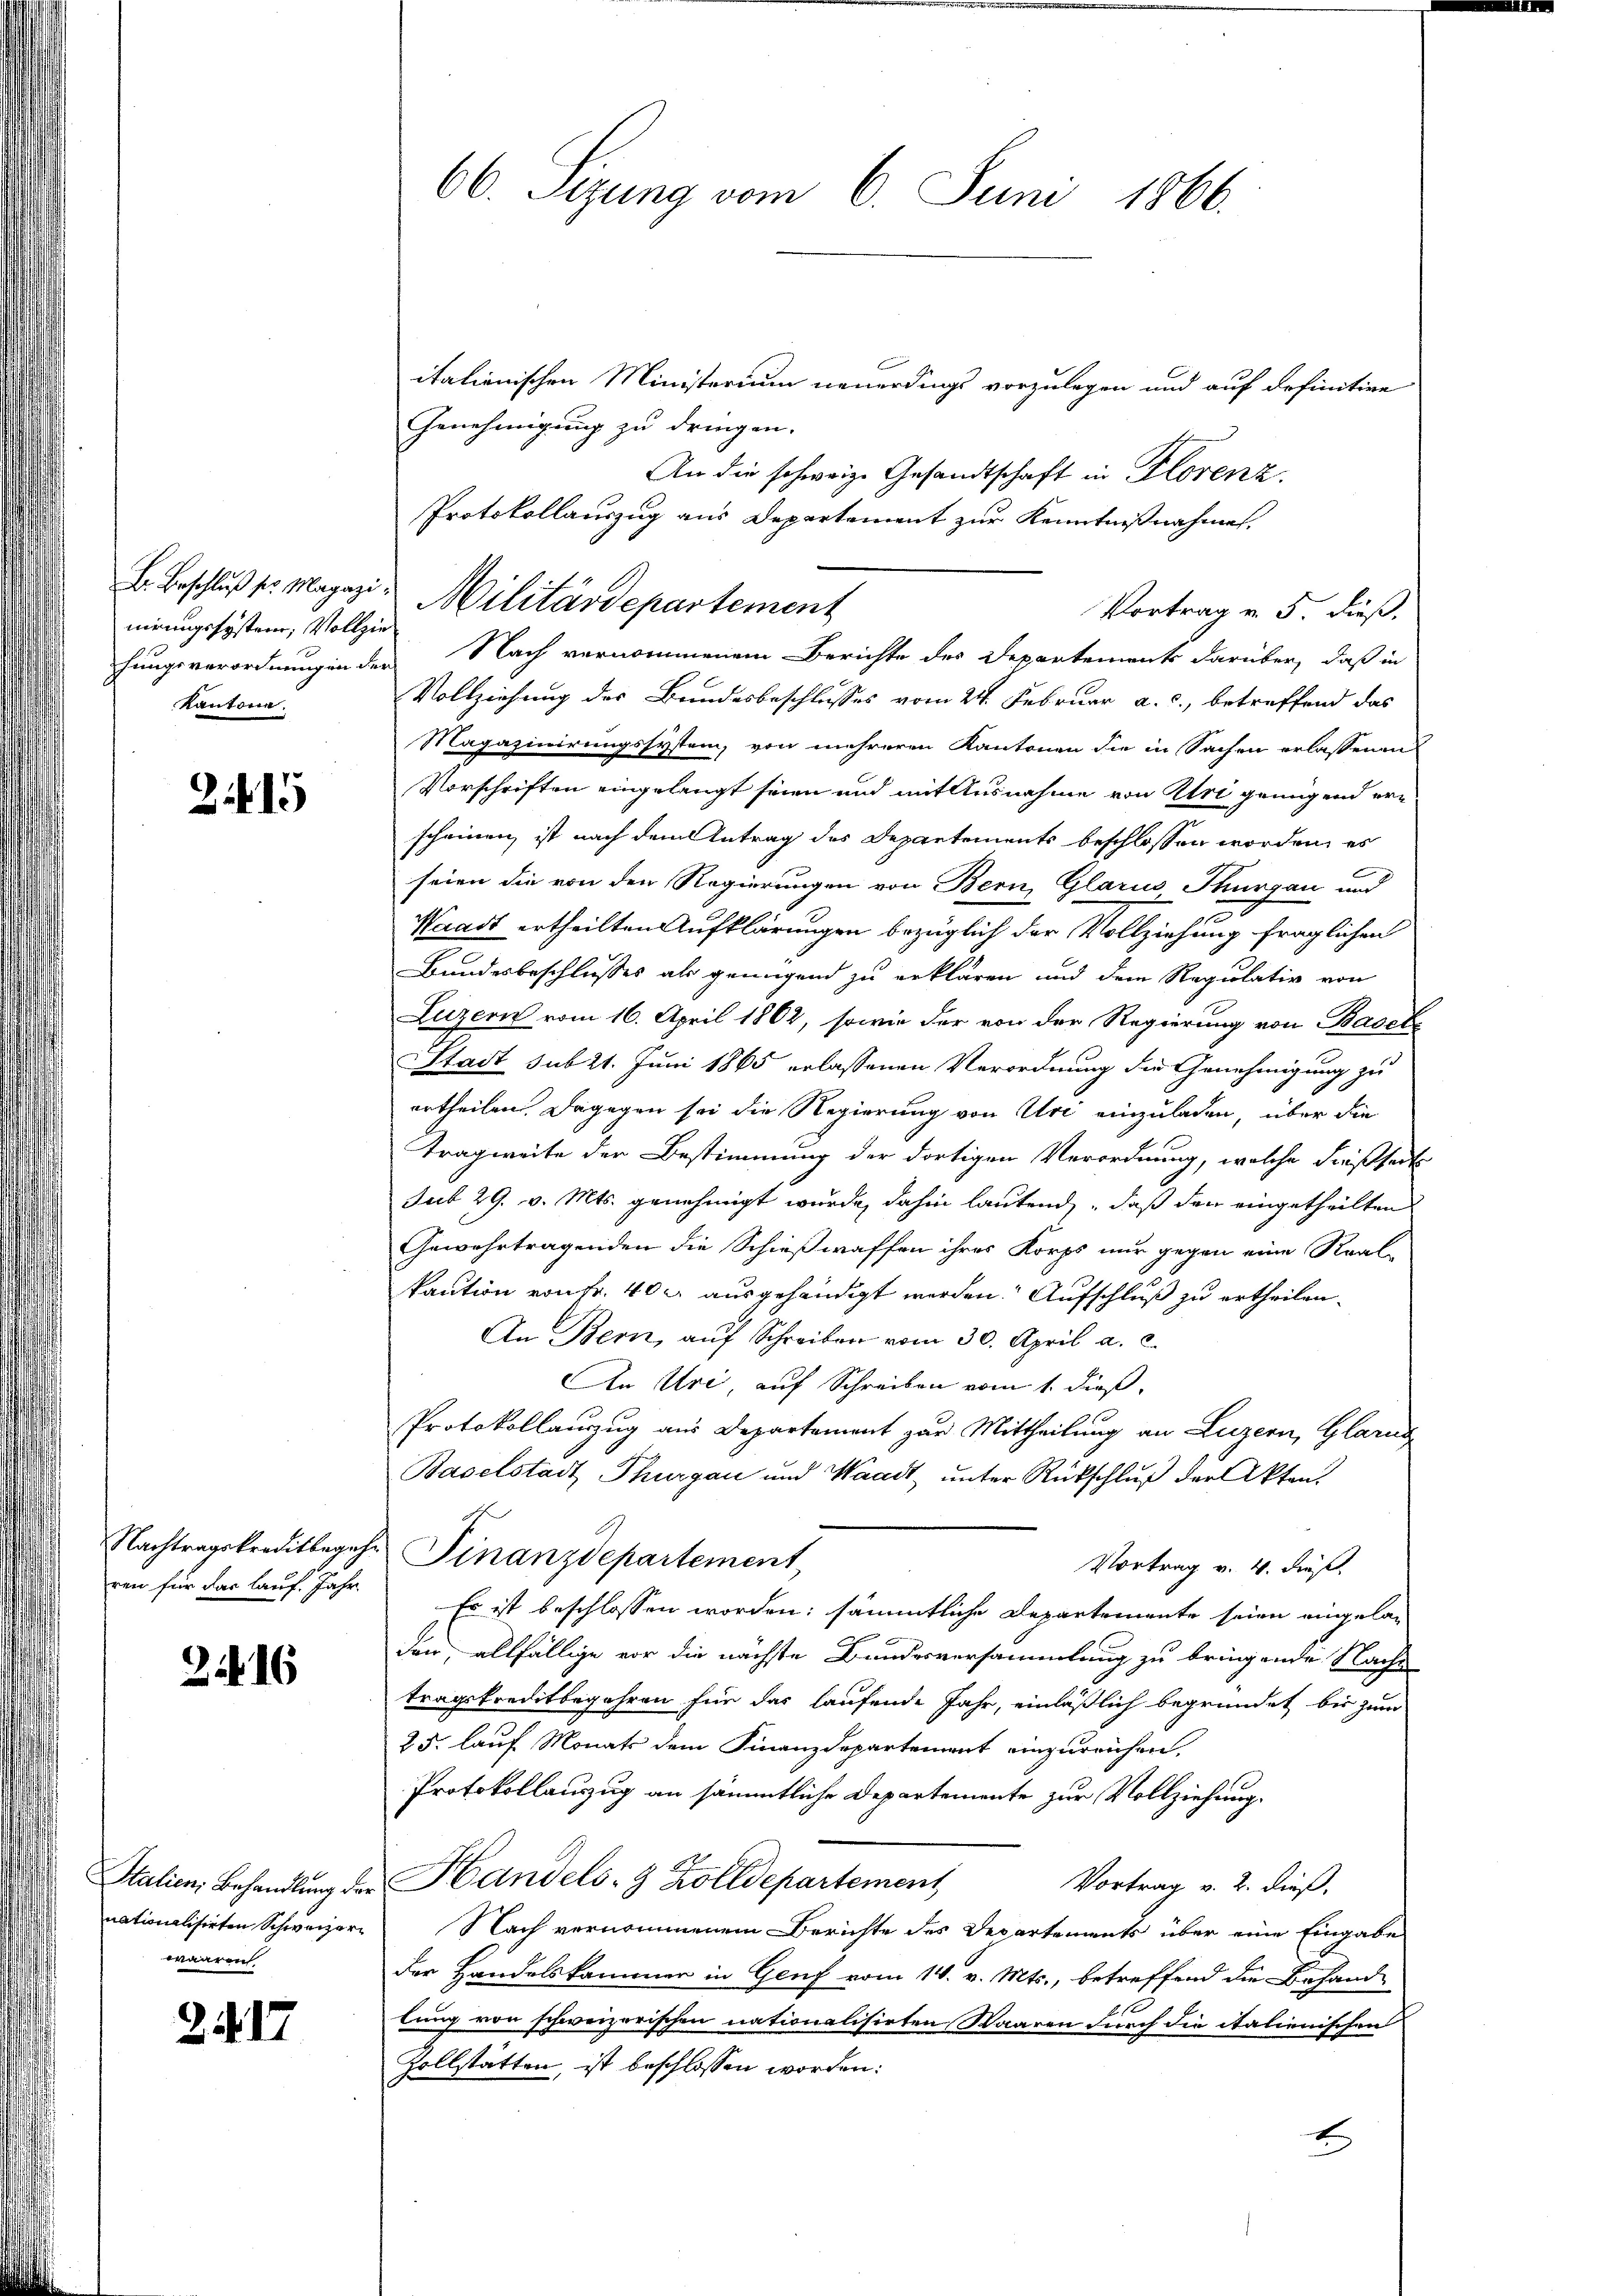
nirungssystem; Vollzie
hungsverordnungen der
Kantone.

215

Nachtragskreditbegeh
ren für das lauf Jahr

2. 16

Italien, Behandlung der
nationalisirten Schweizerwaaren

2417

66. Sizung vom 6. Juni 1866.

italienischen Ministerium neuerdings vorzulegen und auf definitive
Genehmigung zu dringen.
An die schweize Gesandtschaft in Florenz.
Protokollauszug aus Departement zur Kenntnißnahmen.
Vollziehung des Bundesbeschlusses vom 24. Februar a. c., betreffend das
Magazinirungssystem, von mehreren Kantonen die in Sachen erlassenen
Vorschriften eingelangt seien und mit Ausnahme von Uri genügend erscheinen ist nach dem Antrag des Departements beschlossen worden, es
seien die von den Regierungen von Bern, Glarus Thurgau und
Waadt ertheilten Aufklärungen bezüglich der Vollziehung fraglichen
Bundesbeschlusses als genügend zu erklären und dem Regulativ von
Luzern vom 16. April 1862, sowie der von der Regierung von Basels
SStadt sub 21. Juni 1865 erlassenen Verordnung die Genehmigung zu
ertheilen. Dagegen sei die Regierung von Uri einzuladen, über die
Tragweite der Bestimmung der dortigen Verordnung, welche dießseits
sub 29. v. Mts. genehmigt wurde, dahin lautend, daß den eingetheilten
Gewahrtragenden die Schießwaffen ihres Korps nur gegen eine Real-
kaution von Fr. 400 ausgehändigt werden. Aufschluß zu ertheilen.
An Bern, auf Schreiben vom 30. April a. c.
An Uri, auf Schreiben vom 1. dieß,
Protokollauzug aus Departement zur Mittheilung an Luzern, Glarus
Baselstadt Thurgau und Waadt, unter Rückschluß der Akten.
Finanzdepartement
Vortrag v. 4. dieß
Es ist beschlossen worden; sämmtliche Departemente seien eingeladen, allfällige vor die nächste Bundesversammlung zu bringende Nache
tragskreditbegehren für das laufende Jahr, einläßlich begründet bis zum
25. lauf Monats dem Finanzdepartement einzureichen,
Protokollauszug an sämmtliche Departemente zur Vollziehung.
Handels- & Zolldepartement
Vortrag v. 2. dieß,
Nach vernommenem Berichte des Departements über eine Eingabe
der Handelskammer in Genf vom 14. v. Mts., betreffend die Behand-
lung von schweizerischen nationalisirten Waaren durch die italienischen
Zollstätten, ist beschlossen worden:
t

B. Beschluß pr. Magazin Militärdepartement

Vortrag v. 5. dieß.
Nach vernommenem Berichte des Departements darüber, daß in